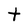
Character: t